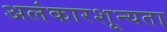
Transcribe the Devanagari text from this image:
अलंकारशून्यता